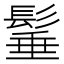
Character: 𩭦